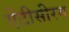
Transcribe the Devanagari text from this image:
ऐंटीसीरम